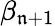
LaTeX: \beta_{\mathfrak{n}+1}